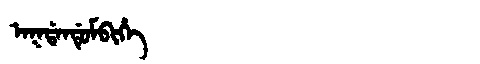
Manchu: ᠠᡴᡩᠠᠨᡩᡠᠮᠪᡳᡥᡝ
Romanization: AKDANDUMBIHE